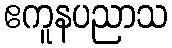
ဧကူနပညာသ